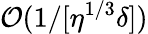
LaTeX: {\cal O}(1/[\eta^{1/3}\delta])